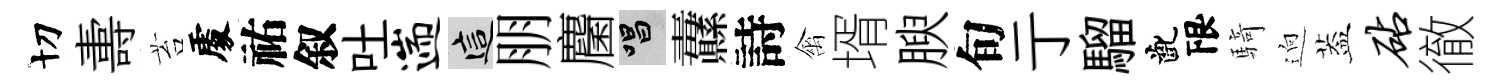
切夀苔𠁅祐叙吐遄這朋麕唱纛詩禽壻腴旬亍騮齔限騎逈葢砧徹